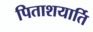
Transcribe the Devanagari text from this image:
पिताशयार्ति